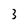
Character: 3